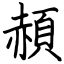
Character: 頳